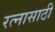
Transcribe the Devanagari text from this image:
रत्‍नासाठी